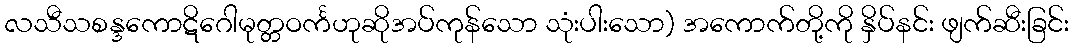
လသီသစန္ဒကောဋိဂေါမုတ္တဝင်္ကဟုဆိုအပ်ကုန်သော သုံးပါးသော) အကောက်တို့ကို နှိပ်နင်း ဖျက်ဆီးခြင်း